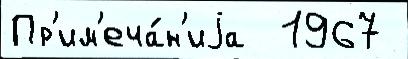
Пр'им'еча́н'иjа  1967